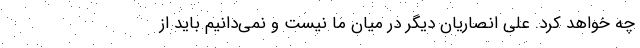
چه خواهد کرد. علی انصاریان دیگر در میان ما نیست و نمی‌دانیم باید از